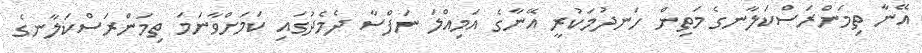
އޭނާ ތިމަންރަސްކަލާނގެ މަތިން ހަނދުމަކުރީ އޭނާގެ އަމިއްލަ ނަފްސާ ދެމެދުގައި ކަމަށްވާނަމަ ތިމަންރަސްކަލާނގެ